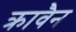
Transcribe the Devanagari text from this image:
क्रावैन